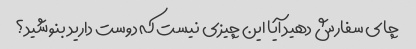
چای سفارش دهید آیا این چیزی نیست که دوست دارید بنوشید؟